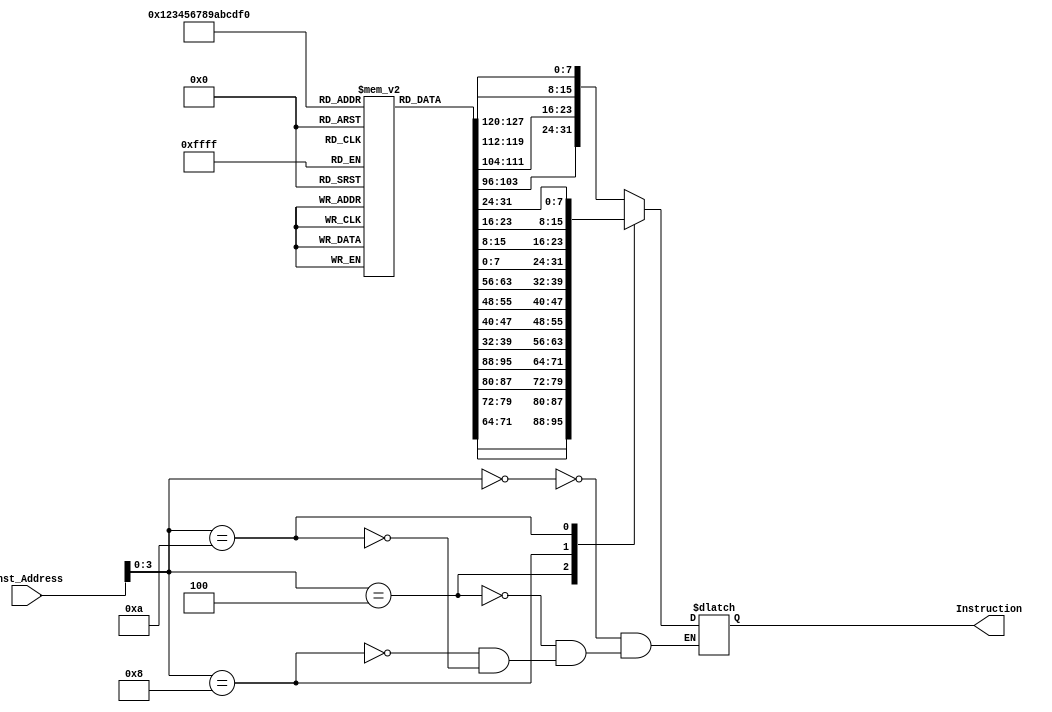
module Instruction_Memory
(
	input [63:0] Inst_Address,
	output reg [31:0] Instruction
);

	reg [7:0] mem [15:0];
	
	initial
		begin
			mem[0] = 8'b10000011;
			mem[1] = 8'b00110100;
			mem[2] = 8'b00000101;
			mem[3] = 8'b00001111;
			mem[4] = 8'b10110011;
			mem[5] = 8'b10000100;
			mem[6] = 8'b10011010;
			mem[7] = 8'b00000000;
			mem[8] = 8'b10010011;
			mem[9] = 8'b10000100;
			mem[10] = 8'b00010100;
			mem[11] = 8'b00000000;
			mem[12] = 8'b00100011;
			mem[13] = 8'b00111000;
			mem[14] = 8'b10010101;
			mem[15] = 8'b00001110;
		end
		
	always @(*)
		begin
			case (Inst_Address[3:0])
				4'b0000: Instruction = {mem[3], mem[2], mem[1], mem[0]};
				4'b0100: Instruction = {mem[7], mem[6], mem[5], mem[4]};
				4'b1000: Instruction = {mem[11], mem[10], mem[9], mem[8]};
				4'b1010: Instruction = {mem[15], mem[14], mem[13], mem[12]};
			endcase
		end
		
endmodule